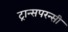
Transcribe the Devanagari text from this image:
ट्रान्सपरन्सी